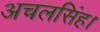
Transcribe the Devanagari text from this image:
अचलसिंह।